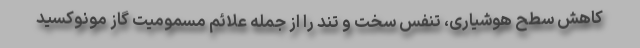
کاهش سطح هوشیاری، تنفس سخت و تند را از جمله علائم مسمومیت گاز مونوکسید